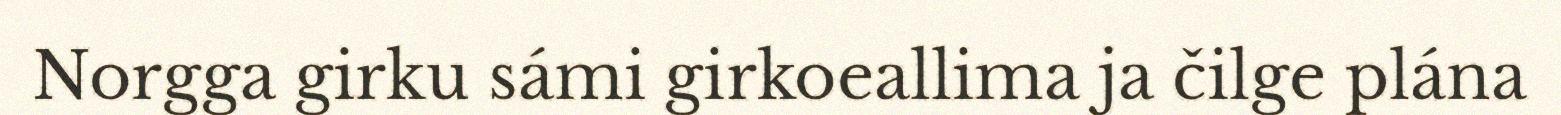
Norgga girku sámi girkoeallima ja čilge plána